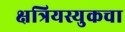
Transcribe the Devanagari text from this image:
क्षत्रियस्युकचा